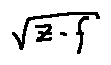
\sqrt { z - f }